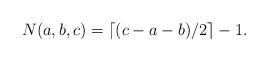
LaTeX: \begin{align*}N(a,b,c)=\lceil(c-a-b)/2\rceil-1.\end{align*}